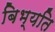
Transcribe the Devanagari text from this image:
बिभ्यति